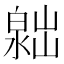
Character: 𣻮